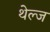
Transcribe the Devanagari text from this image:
थेल्ज